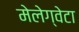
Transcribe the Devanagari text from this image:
मेलेग्वेटा